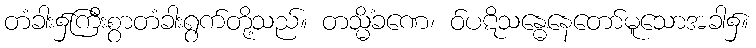
တံခါး၌ကြီးစွာတံခါးရွက်တို့သည်။ တသ္မိံခဏေ၊ ဝ်ပဋိသန္ဓေနေတော်မူသောအခါ၌။